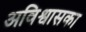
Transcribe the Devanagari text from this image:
अविश्वासका